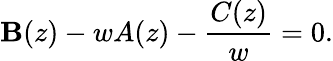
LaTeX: \mathbf{B}(z)-wA(z)-\frac{{C(z)}}{{w}}=0.